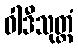
ဝါဒီသုတ္တံ